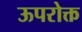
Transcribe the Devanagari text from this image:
ऊपरोक्त